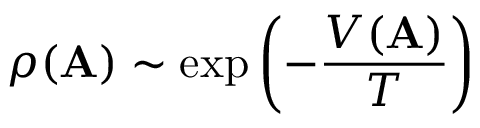
\rho ( { \bf A } ) \sim \exp \left( - { \frac { V ( { \bf A } ) } { T } } \right)